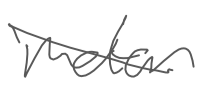
Text: motor
Cross-out: diagonal
Writing tool: digital_gray